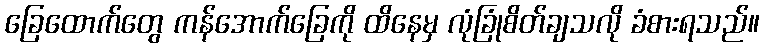
ခြေထောက်တွေ ကန်အောက်ခြေကို ထိနေမှ လုံခြုံစိတ်ချသလို ခံစားရသည်။